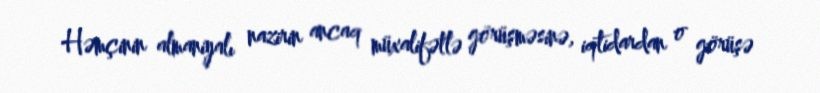
Həmçinin almaniyalı nazirin ancaq müxalifətlə görüşməsinə, iqtidardan o görüşə